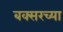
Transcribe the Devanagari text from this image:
बक्सरच्या